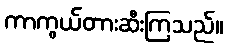
ကာကွယ်တားဆီးကြသည်။